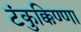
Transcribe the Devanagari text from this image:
टंकुक्किण्णा